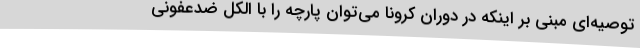
توصیه‌ای مبنی بر اینکه در دوران کرونا می‌توان پارچه را با الکل ضدعفونی